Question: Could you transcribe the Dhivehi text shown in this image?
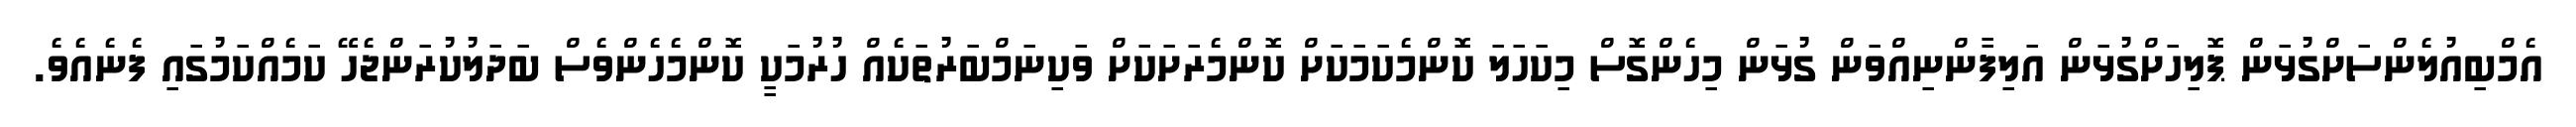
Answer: އެމްބިއުލެންސަށްގުޅަން ޕޮލިހަށްގުޅަން އަލިފާންނިއްވަން ގުޅަން މިހެންގޮސް މިކަހަލަ ކޮންމެކަމަކަށް ކޮންމެރަށަކަށް ވަކިނަމްބަރުތަކެއް ހުރުމަކީ ކޮންމެހެންވެސް ބަދަލުކުރަންޖެހޭ ކަމެއްކަމުގައި ފެނެއެވެ.